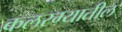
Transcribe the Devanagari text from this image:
कलरग्यातील